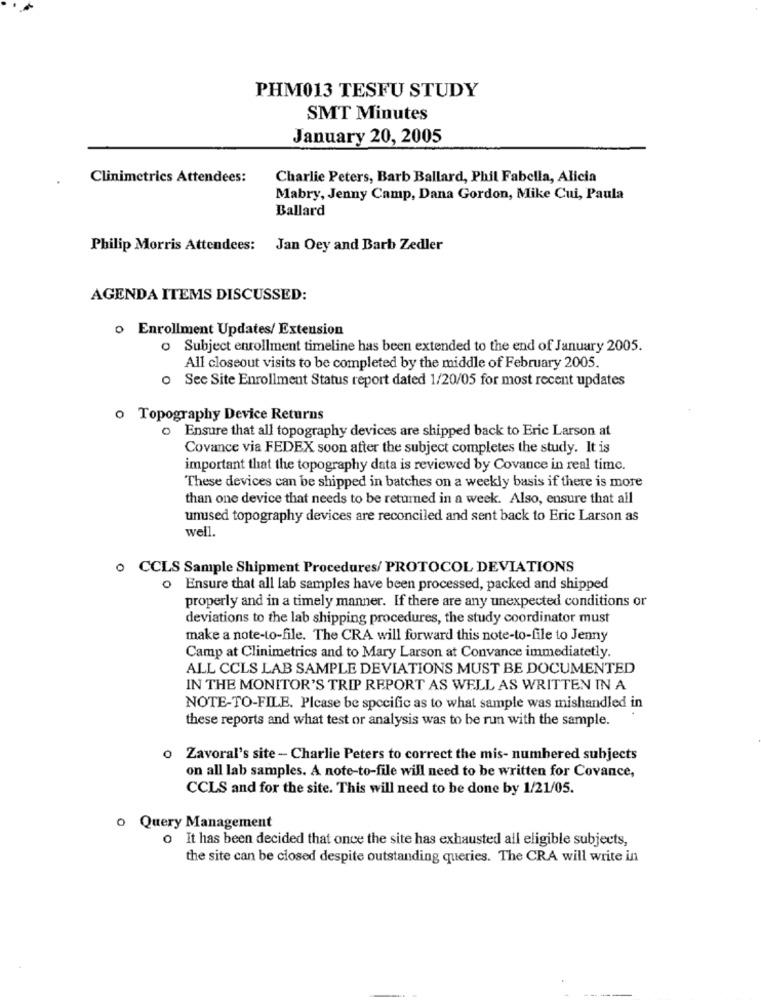
PHM013 TESFU STUDY
SMT Minutes
January 20, 2005
Clinimetrics Attendees:
Charlie Peters, Barb Ballard, Phil Fabella, Alicia
Mabry, Jenny Camp, Dana Gordon, Mike Cui, Paula
Ballard
Philip Morris Attendees: Jan Oey and Barb Zedler
AGENDA ITEMS DISCUSSED:
o Enrollment Updates/ Extension
o Subject enrollment timeline has been extended to the end of January 2005.
All closeout visits to be completed by the middle of February 2005.
o Sec Site Enrollment Status report dated 1/20/05 for most recent updates
o Topography Device Returns
o Ensure that all topography devices are shipped back to Eric Larson at
Covance via FEDEX soon after the subject completes the study. It is
important that the topography data is reviewed by Covance in real time.
These devices can be shipped in batches on a weekly basis if there is more
than one device that needs to be returned in a week. Also, ensure that all
unused topography devices are reconciled and sent back to Eric Larson as
well.
. CCLS Sample Shipment Procedures/ PROTOCOL DEVIATIONS
o Ensure that all lab samples have been processed, packed and shipped
properly and in a timely manner. If there are any unexpected conditions or
deviations to the lab shipping procedures, the study coordinator must
make a note-to-file. The CRA will forward this note-to-file to Jenny
Camp at Clinimetrics and to Mary Larson at Convance immediatetly.
ALL CCLS LAB SAMPLE DEVIATIONS MUST BE DOCUMENTED
IN THE MONITOR'S TRIP REPORT AS WELL AS WRITTEN IN A
NOTE-TO-FILE. Please be specific as to what sample was mishandled in
these reports and what test or analysis was to be run with the sample.
o Zavoral's site - Charlie Peters to correct the mis- numbered subjects
on all lab samples. A note-to-file will need to be written for Covance,
CCLS and for the site. This will need to be done by 1/21/05.
o Query Management
o It has been decided that once the site has exhausted all eligible subjects,
the site can be closed despite outstanding queries. The CRA will write in